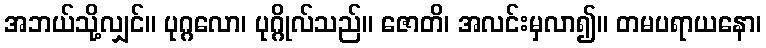
အဘယ်သို့လျှင်။ ပုဂ္ဂလော၊ ပုဂ္ဂိုလ်သည်။ ဇောတိ၊ အလင်းမှလာ၍။ တမပရာယနော၊